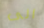
الى